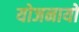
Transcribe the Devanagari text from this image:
योजनायो